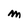
Character: M